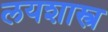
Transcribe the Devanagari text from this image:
लयशास्त्र